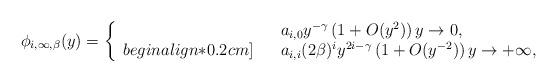
LaTeX: \begin{align*}\phi_{i, \infty,\beta} (y)= \left\{ \begin{array}{rcl} & &a_{i, 0} y^{-\gamma} \left( 1 + O(y^2) \right) y \to 0,\\begin{align*}0.2cm]& & a_{i,i} (2\beta)^{i} y^{2i -\gamma} \left( 1 + O(y^{-2}) \right) y \to +\infty, \end{array}\right.\end{align*}